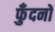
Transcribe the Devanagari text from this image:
फुँदनों